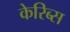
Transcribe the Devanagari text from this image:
केरिब्स